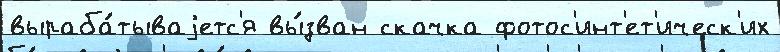
выраба́тываjетс'я вы́зван скачка фотос'инт'ет'ическ'их